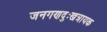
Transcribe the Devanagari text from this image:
जनगणदुःखत्रायक